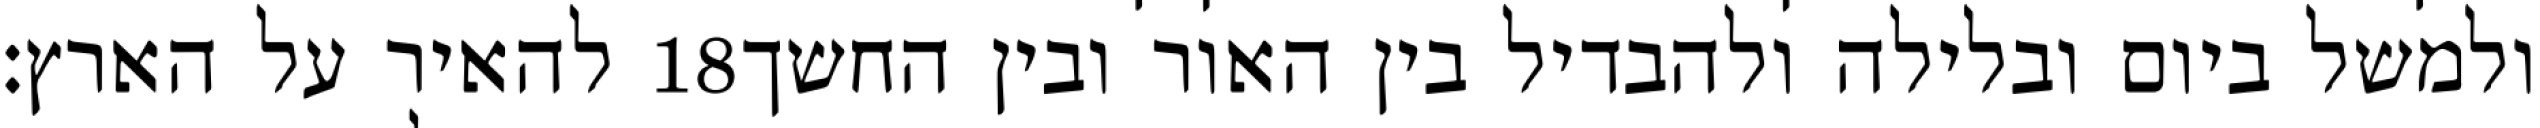
להאיר על הארץ׃ ‎18‏ ולמשל ביום ובלילה ולהבדיל בין האור ובין החשך